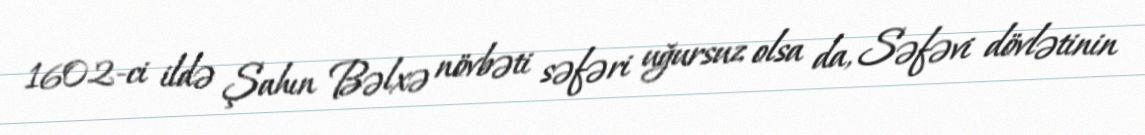
1602-ci ildə Şahın Bəlxə növbəti səfəri uğursuz olsa da, Səfəvi dövlətinin